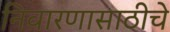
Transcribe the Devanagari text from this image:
निवारणासाठीचे